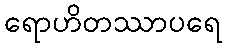
ရောဟိတဿာပရေ